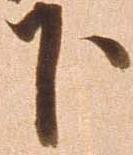
下